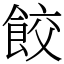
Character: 餃